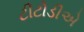
ટીટોડીએ